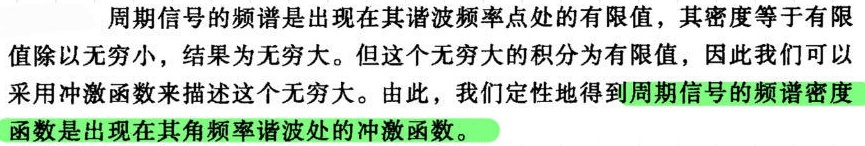
周期信号的频谱是出现在其谐波频率点处的有限值，其密度等于有限值除以无穷小，结果为无穷大。但这个无穷大的积分为有限值，因此我们可以采用冲激函数来描述这个无穷大。由此，我们定性地得到周期信号的频谱密度函数是出现在其角频率谐波处的冲激函数。